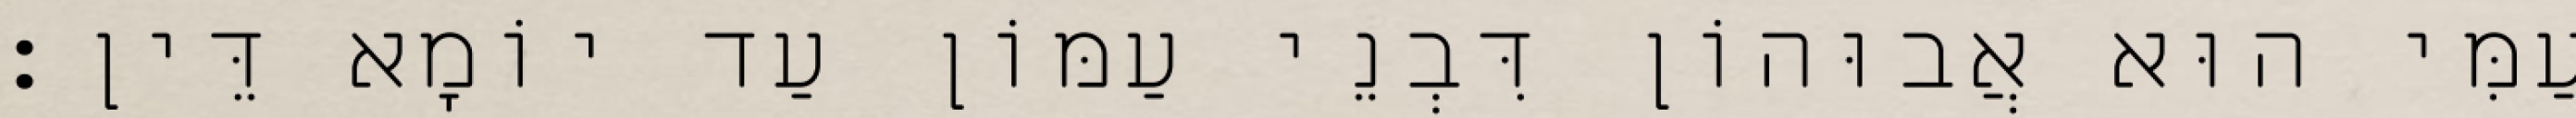
עַמִּי הוּא אֲבוּהוֹן דִּבְנֵי עַמּוֹן עַד יוֹמָא דֵּין׃